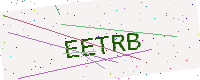
Text: EETRB